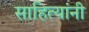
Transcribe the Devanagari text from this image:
साहित्यांनी